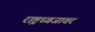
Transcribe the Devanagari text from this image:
राष्ट्रध्वजावर